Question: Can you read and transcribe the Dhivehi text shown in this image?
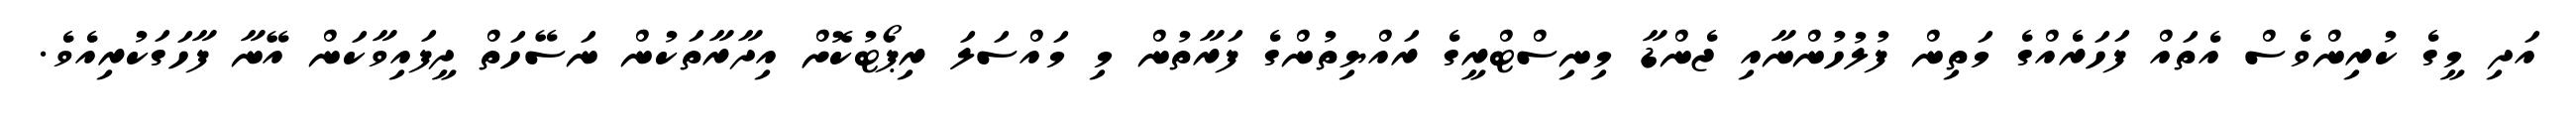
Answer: އަދި މީގެ ކުރިންވެސް އެތައް ފަހަރެއްގެ މަތިން ފުލުހުންނާއި ޖެންޑާ މިނިސްޓްރީގެ ރައްޔިތުންގެ ފަރާތުން މި މައްސަލަ ރިޕޯޓުކޮށް އިދާރާތަކުން ނަސޭހަތް ދީފައިވާކަން އޭނާ ފާހަގަކުރިއެވެ.